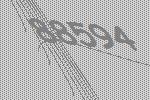
88594